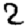
Digit: 2